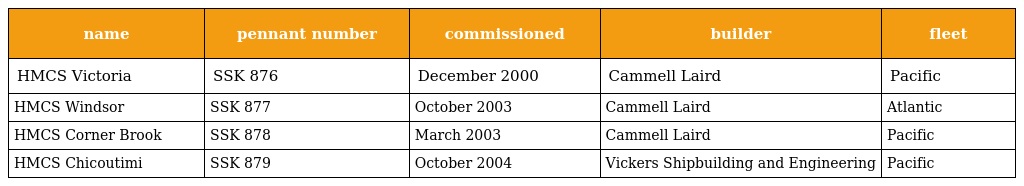
| name | pennant number | commissioned | builder | fleet |
 | --- | --- | --- | --- | --- |
 | HMCS Victoria | SSK 876 | December 2000 | Cammell Laird | Pacific |
 | HMCS Windsor | SSK 877 | October 2003 | Cammell Laird | Atlantic |
 | HMCS Corner Brook | SSK 878 | March 2003 | Cammell Laird | Pacific |
 | HMCS Chicoutimi | SSK 879 | October 2004 | Vickers Shipbuilding and Engineering | Pacific |